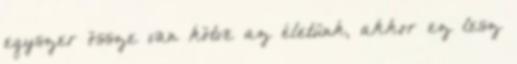
egyszer össze van kötve az életünk, akkor ez lesz